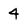
Character: 4